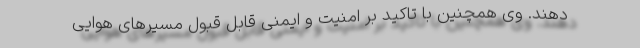
دهند. وی همچنین با تاکید بر امنیت و ایمنی قابل قبول مسیرهای هوایی